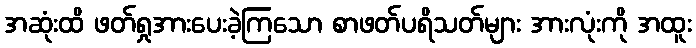
အဆုံးထိ ဖတ်ရှုအားပေးခဲ့ကြသော စာဖတ်ပရိသတ်များ အားလုံးကို အထူး